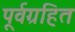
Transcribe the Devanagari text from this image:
पूर्वग्रहित